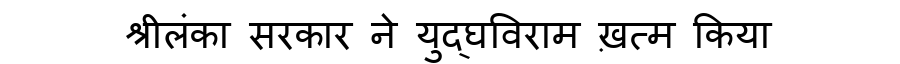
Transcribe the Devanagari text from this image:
श्रीलंका सरकार ने युद्घविराम ख़त्म किया